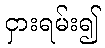
ငှားရမ်း၍